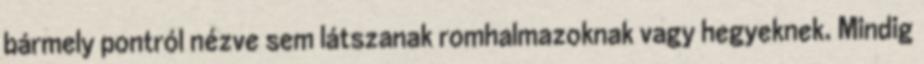
bármely pontról nézve sem látszanak romhalmazoknak vagy hegyeknek. Mindig